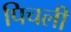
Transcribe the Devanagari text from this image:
पिचली